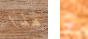
هذا و